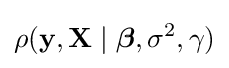
\rho (\mathbf {y} ,\mathbf {X} \mid {\boldsymbol {\beta }},\sigma ^{2},\gamma )